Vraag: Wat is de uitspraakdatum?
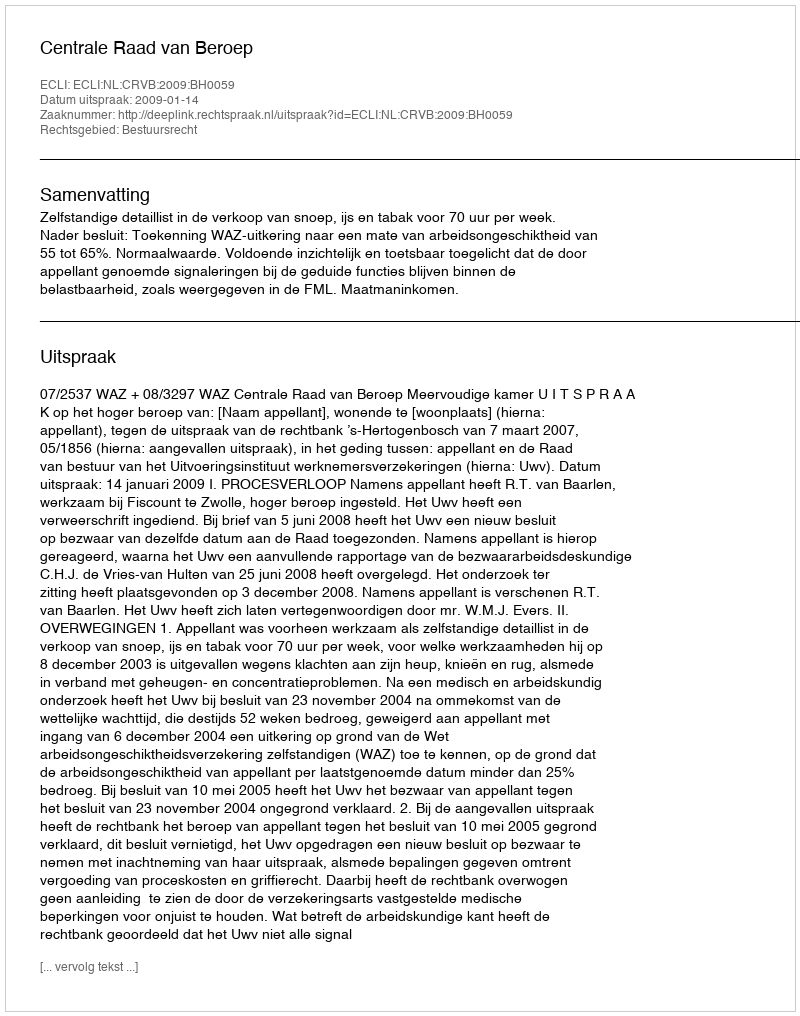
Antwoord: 2009-01-14